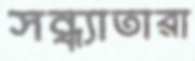
সন্ধ্যাতারা